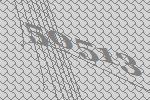
50513